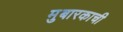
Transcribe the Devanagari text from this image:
मुबारकाची